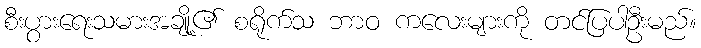
စီးပွားရေးသမားအချို့၏ စရိုက်သ ဘာဝ ကလေးများကို တင်ပြပါဦးမည်။